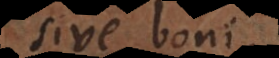
sive boni.